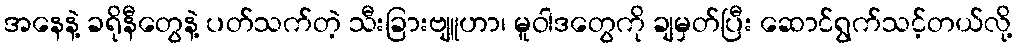
အနေနဲ့ ခရိုနီတွေနဲ့ ပတ်သက်တဲ့ သီးခြားဗျူဟာ၊ မူဝါဒတွေကို ချမှတ်ပြီး ဆောင်ရွက်သင့်တယ်လို့